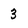
Character: 3